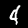
Label: 4